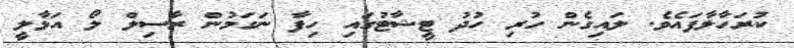
ކުރަހާލާފައެވެ. ލައިގެން ހުރި ހުދު ޓީޝާޓުގައި ހިފާ ނަގަމުން ރާސިލް ލޯ އަޅާލީ